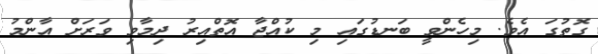
ގޮތުގަ އެވެ. މިހެންވީ ބަނޑުގައި މި ކުއްޖާ އޮތްއިރު ދިމާވި ވަރަށް އާންމު